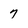
Character: 7